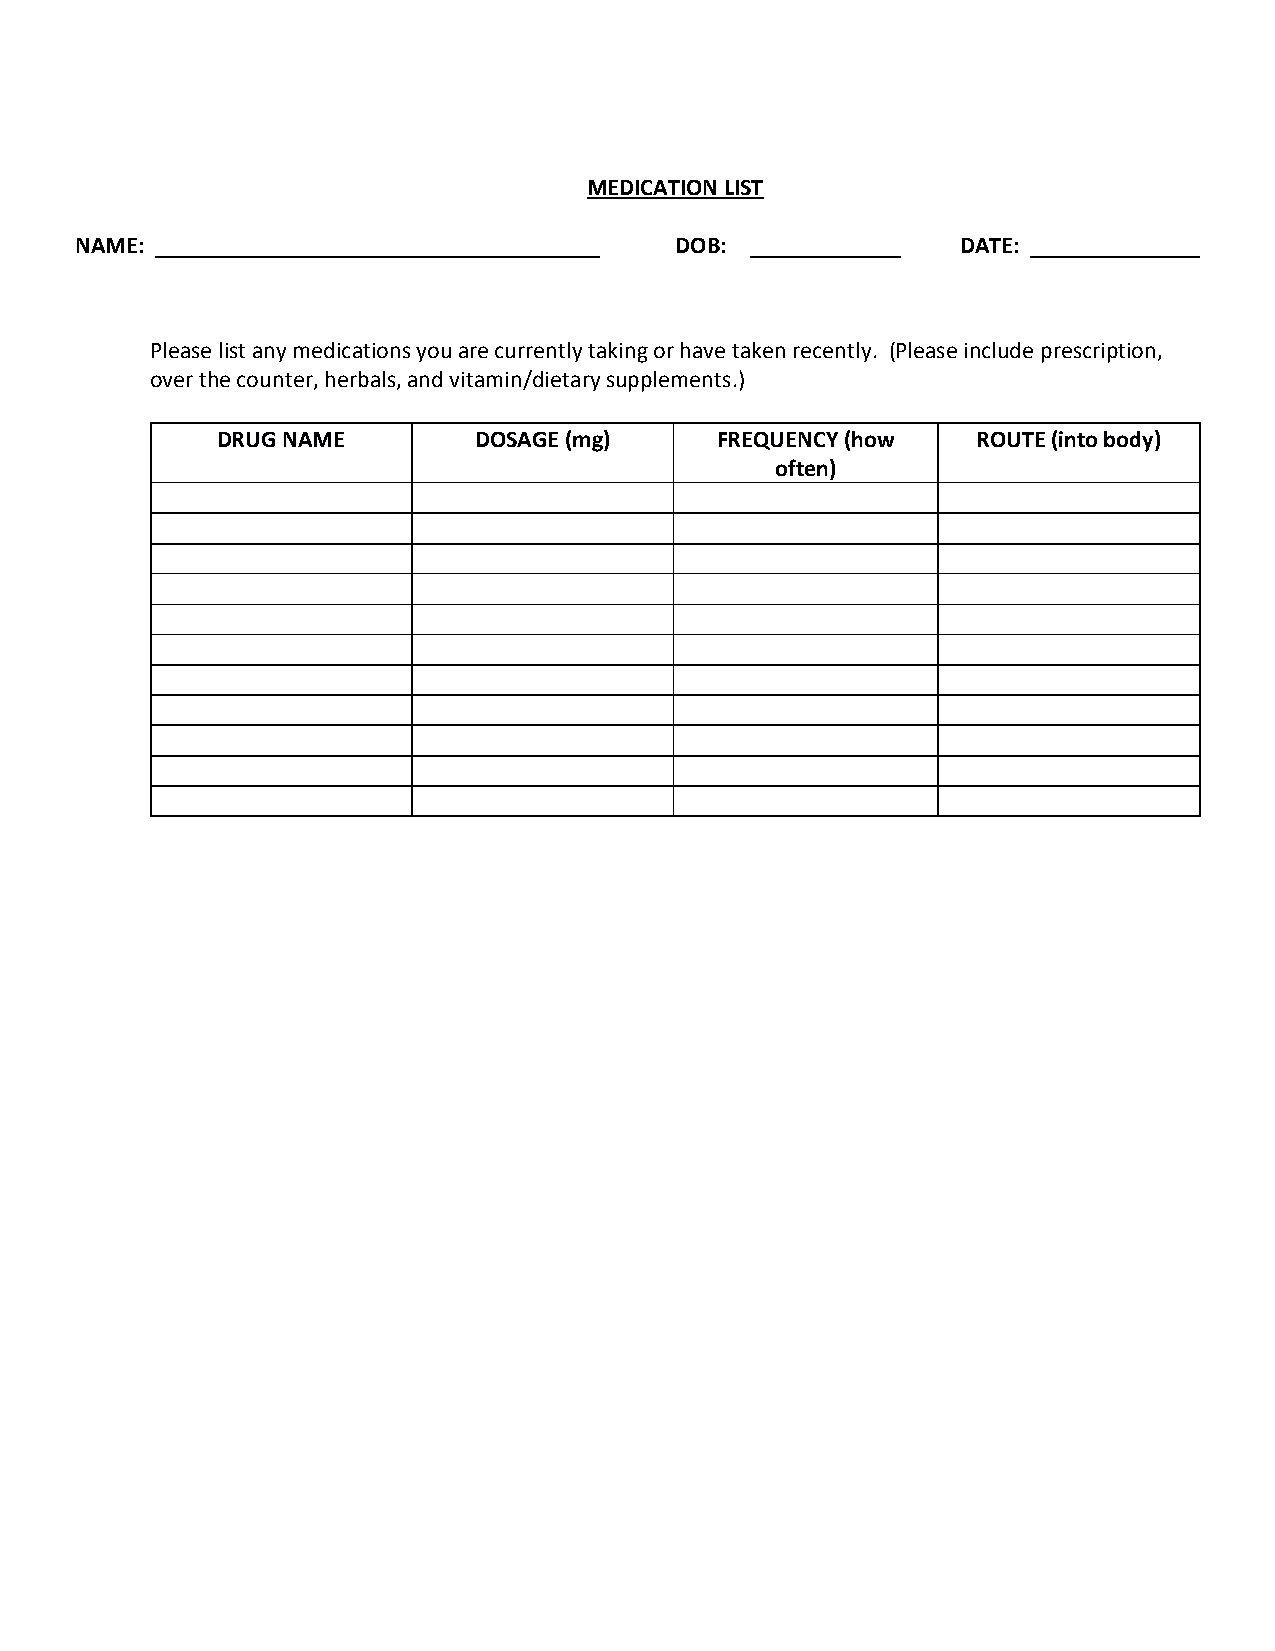
MEDICATION LIST
 NAME:                                   DOB:               DATE:
 Please list any medications you are currently taking or have taken recently. (Please include prescription,
 over the counter, herbals, and vitamin/dietary supplements.)
 DRUG NAME        DOSAGE (mg)     FREQUENCY (how    ROUTE (into body)
 often)